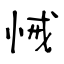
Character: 悈